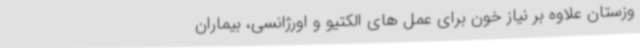
وزستان علاوه بر نیاز خون برای عمل های الکتیو و اورژانسی، بیماران